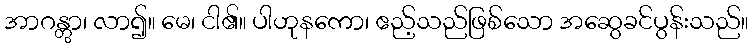
အာဂန္တွာ၊ လာ၍။ မေ၊ ငါ၏။ ပါဟုနကော၊ ဧည့်သည်ဖြစ်သော အဆွေခင်ပွန်းသည်။